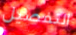
التفصيل